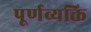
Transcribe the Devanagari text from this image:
पूर्णव्यक्ति